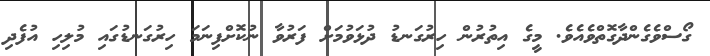
ގޯސްވެގެންދާގޮތްވެއެވެ. މީގެ އިތުރުން ހިރުގަނޑު ދުޅަވުމަށް ފަރުވާ ނުކޮށްފިނަމަ ހިރުގަނޑުގައި މުލިހި އުފެދި